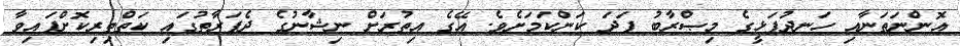
އޮންނަތަނާއި ހަނދުފަޅީގެ މިޞްރާބު ފަދަ ކަންކަމަށެވެ. އޭގެ އިތުރަށް ނިޝާނުގެ ދެފަރާތުގައި ކަތްތިރިކޮށްފައިވާ